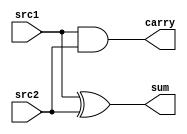
module ha(
    input src1,
    input src2,
    output sum,
    output carry
);
    assign sum = src1 ^ src2;
    assign carry = src1 & src2;
endmodule